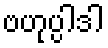
ဗဟုပ္ပါဒါ